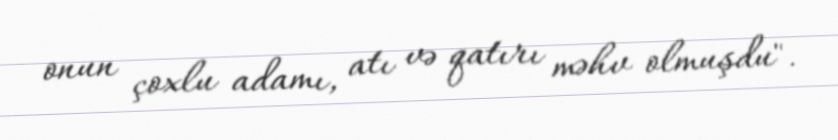
onun çoxlu adamı, atı və qatırı məhv olmuşdu".